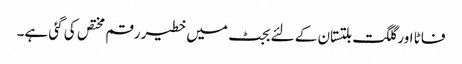
فاٹا اور گلگت بلتستان کے لئے بجٹ میں خطیر رقم مختص کی گئی ہے۔